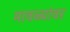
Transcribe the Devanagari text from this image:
मावळ्यांवर